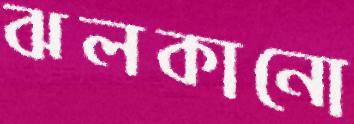
ঝলকানো